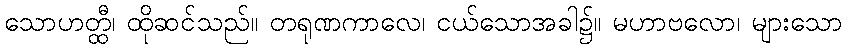
သောဟတ္ထီ၊ ထိုဆင်သည်။ တရုဏကာလေ၊ ငယ်သောအခါ၌။ မဟာဗလော၊ များသော